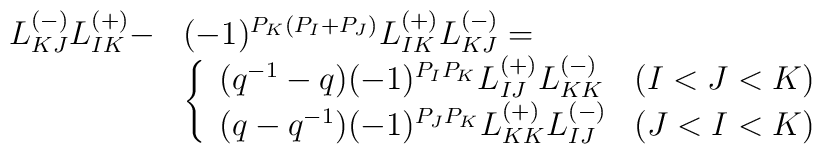
\begin{array}{ll}L_{KJ}^{(-)}L_{IK}^{(+)}-&(-1)^{P_K(P_I+P_J)}L_{IK}^{(+)}L_{KJ}^{(-)}=\\&\left\{ \begin{array}{ll}(q^{-1}-q)(-1)^{P_IP_K}L_{IJ}^{(+)}L_{KK}^{(-)} & (I<J<K)\\(q-q^{-1})(-1)^{P_JP_K}L_{KK}^{(+)}L_{IJ}^{(-)} & (J<I<K) \end{array} \right.\end{array}